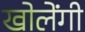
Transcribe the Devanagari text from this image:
खोलेंगी